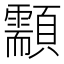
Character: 顬